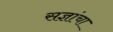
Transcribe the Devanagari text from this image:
सज्ञांचा